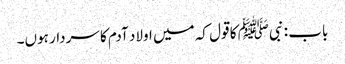
باب : نبیﷺ کا قول کہ میں اولاد آدم کا سردار ہوں۔